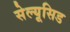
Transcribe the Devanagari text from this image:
सेल्यूसिड